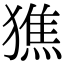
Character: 㺘